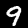
Digit: 9